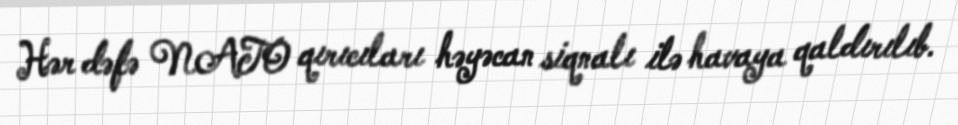
Hər dəfə NATO qırıcıları həyəcan siqnalı ilə havaya qaldırılıb.